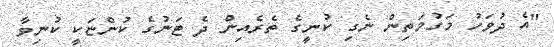
"އެ ދުވަހު މަގުމަތިން ނެގި ކުނީގެ ތެރެއިން ދެ ޓަނުގެ ކުންޏަކީ ކުނިވާ